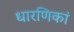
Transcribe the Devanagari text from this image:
धारणिकां